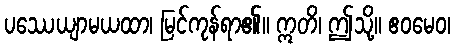
ပဿေယျာမယထာ၊ မြင်ကုန်ရာ၏။ ဣတိ၊ ဤသို့။ ဧဝမေဝ၊